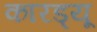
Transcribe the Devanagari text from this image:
कारड्यू